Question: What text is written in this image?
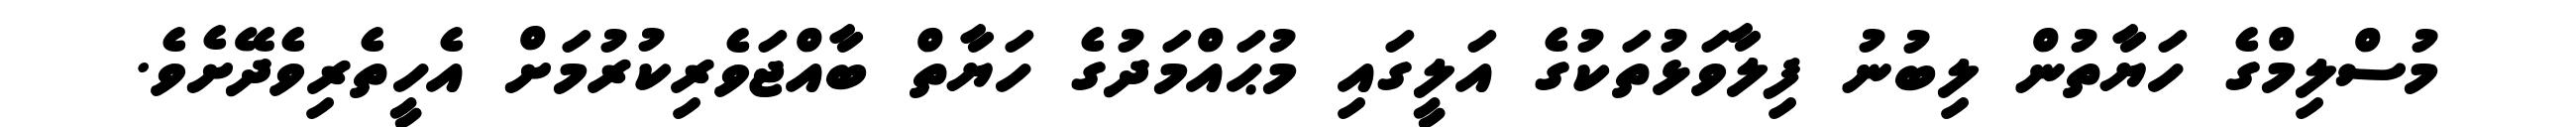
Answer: މުސްލިމްގެ ހަޔާތުން ލިބުނު ފިލާވަޅުތަކުގެ އަލީގައި މުޙައްމަދުގެ ހަޔާތް ބާއްޖަވެރިކުރުމަށް އެހީތެރިވެދޭށެވެ.